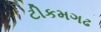
ટીકમગઢ